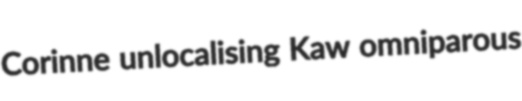
Corinne unlocalising Kaw omniparous